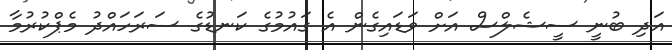
އަދި ބުނީ ސީޝެލްސް އަށް ވަޑައިގެން އެ ގައުމުގެ ކަނޑުގެ ސަރަހައްދު މެޕްކުރުމާ